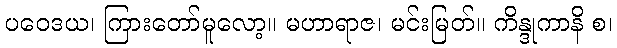
ပဝေဒယ၊ ကြားတော်မူလော့။ မဟာရာဇ၊ မင်းမြတ်။ ကိန္ဒုကာနိ စ၊